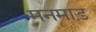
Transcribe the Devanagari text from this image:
मनमाड़